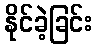
နိုင်ခဲ့ခြင်း